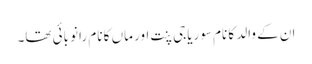
ان کے والد کا نام سوریاجی پنت اور ماں کا نام رانو بائی تھا۔